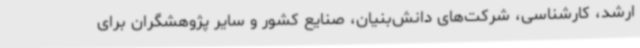
ارشد، کارشناسی، شرکت‌های دانش‌بنیان، صنایع کشور و سایر پژوهشگران برای